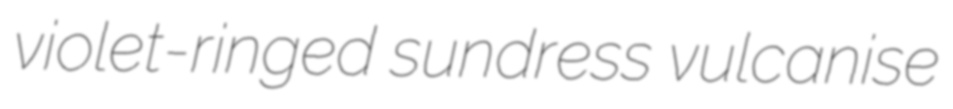
violet-ringed sundress vulcanise